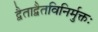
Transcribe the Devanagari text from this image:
द्वैताद्वैतविनिर्मुक्तः